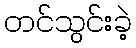
တင်သွင်းခဲ့